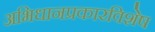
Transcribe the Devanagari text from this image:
अभिधानप्रकारविशेष